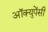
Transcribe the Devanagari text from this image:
अॉक्युपेंसी